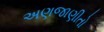
અણજાણીતો